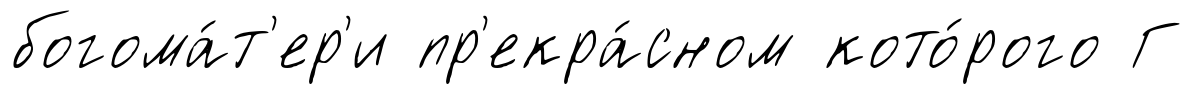
богома́т'ер'и пр'екра́сном кото́рого Г